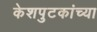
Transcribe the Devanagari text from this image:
केशपुटकांच्या